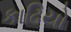
કાઢિયો